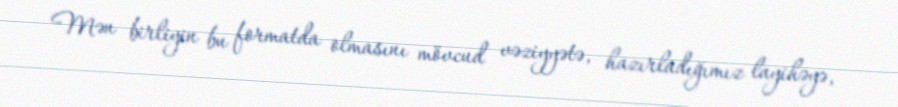
Mən birliyin bu formatda olmasını mövcud vəziyyətə, hazırladığımız layihəyə,